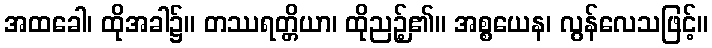
အထခေါ၊ ထိုအခါ၌။ တဿရတ္တိယာ၊ ထိုညဉ့်၏။ အစ္စယေန၊ လွန်လေသဖြင့်။